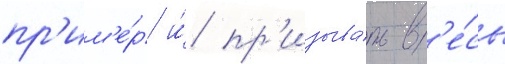
пр'им'е́р и́ пр'изыва́ть в'е́сь